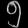
Digit: ၅